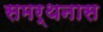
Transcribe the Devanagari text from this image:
समर्थनास